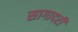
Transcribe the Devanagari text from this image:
सागादरी